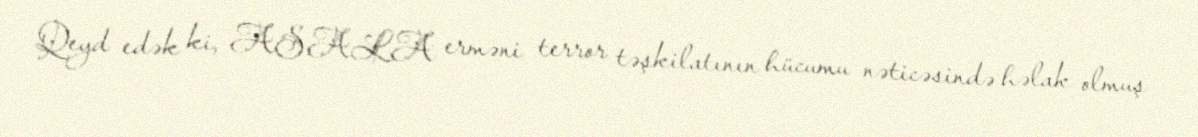
Qeyd edək ki, ASALA erməni terror təşkilatının hücumu nəticəsində həlak olmuş